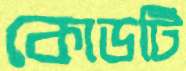
কোডটি